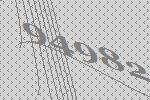
94982